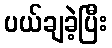
ပယ်ချခဲ့ပြီး